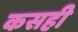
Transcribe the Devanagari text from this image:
कसही